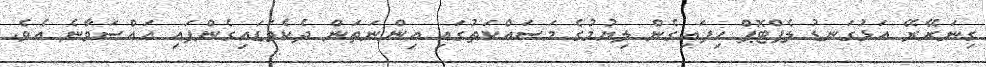
ގިނަރޭރޭ އަޅުގަނޑު ލެޕްޓޮޕް ހިފައިގެން ލިޔުމުގެ މަސައްކަތުގައި އިންނަތަން ދެކެވަޑައިގެންފައި އައްސަވާނެ އެވެ.